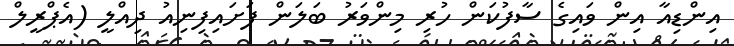
އިންޑިއާ އިން ވައިގެ ސާފުކަން ހުރި މިންވަރު ބަލަން ފަށައިފިނިއު ދިއްލީ (އެޕްރީލް